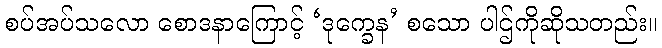
စပ်အပ်သလော စောဒနာကြောင့် ‘ဒုက္ခေန’ စသော ပါဌ်ကိုဆိုသတည်း။